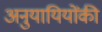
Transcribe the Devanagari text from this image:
अनुयायियोंकी